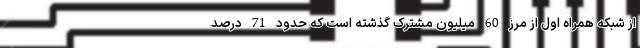
از شبکه همراه اول از مرز 60 میلیون مشترک گذشته است که حدود 71 درصد